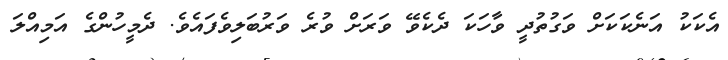
އެކަކު އަނެކަކަށް ވަގުތުދީ ވާހަކަ ދެކެވޭ ވަރަށް ވުރެ ވަރުބަލިވެފައެވެ. ދެމީހުންގެ އަމިއްލަ